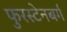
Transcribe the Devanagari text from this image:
फुरस्टेनबर्ग